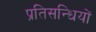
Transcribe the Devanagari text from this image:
प्रतिसन्धियों